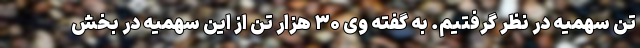
تن سهمیه در نظر گرفتیم. به گفته وی ۳۰ هزار تن از این سهمیه در بخش